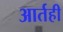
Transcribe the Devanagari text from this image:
आर्तही